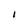
Character: 1